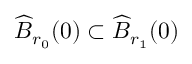
\widehat { B } _ { r _ { 0 } } ( 0 ) \subset \widehat { B } _ { r _ { 1 } } ( 0 )